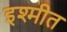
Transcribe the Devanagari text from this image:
इश्मीत